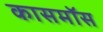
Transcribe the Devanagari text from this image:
कासमॉस